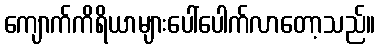
ကျောက်ကိရိယာများပေါ်ပေါက်လာတော့သည်။